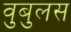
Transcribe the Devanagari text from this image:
वुबुलस